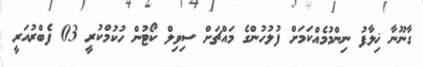
ގާނޫނާ ޚިލާފު ނިންމުމެއްކަމަށް ފުލުހުންގެ މައްޗަށް ސިވިލް ކޯޓުން ހުކުމްކުރީ 03 ފެބްރުއަރީ